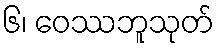
၆၊ ဝေဿဘူသုတ်